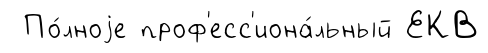
По́лноjе проф'есс'иона́льный ЕКВ